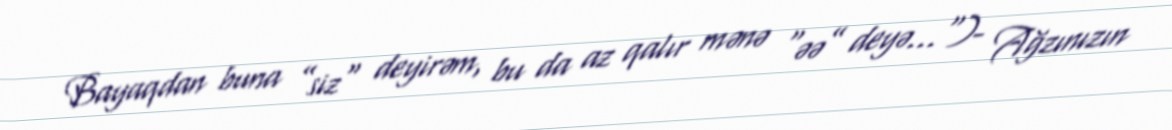
Bayaqdan buna ”siz" deyirəm, bu da az qalır mənə “əə” deyə...")- Ağzınızın